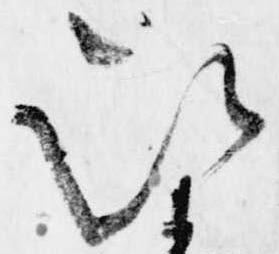
次